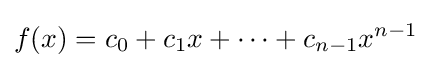
f(x)=c_{0}+c_{1}x+\dots +c_{n-1}x^{n-1}